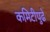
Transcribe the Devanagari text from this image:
कमिटीपुढे